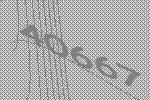
40667